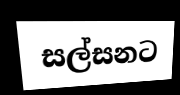
සල්සනට